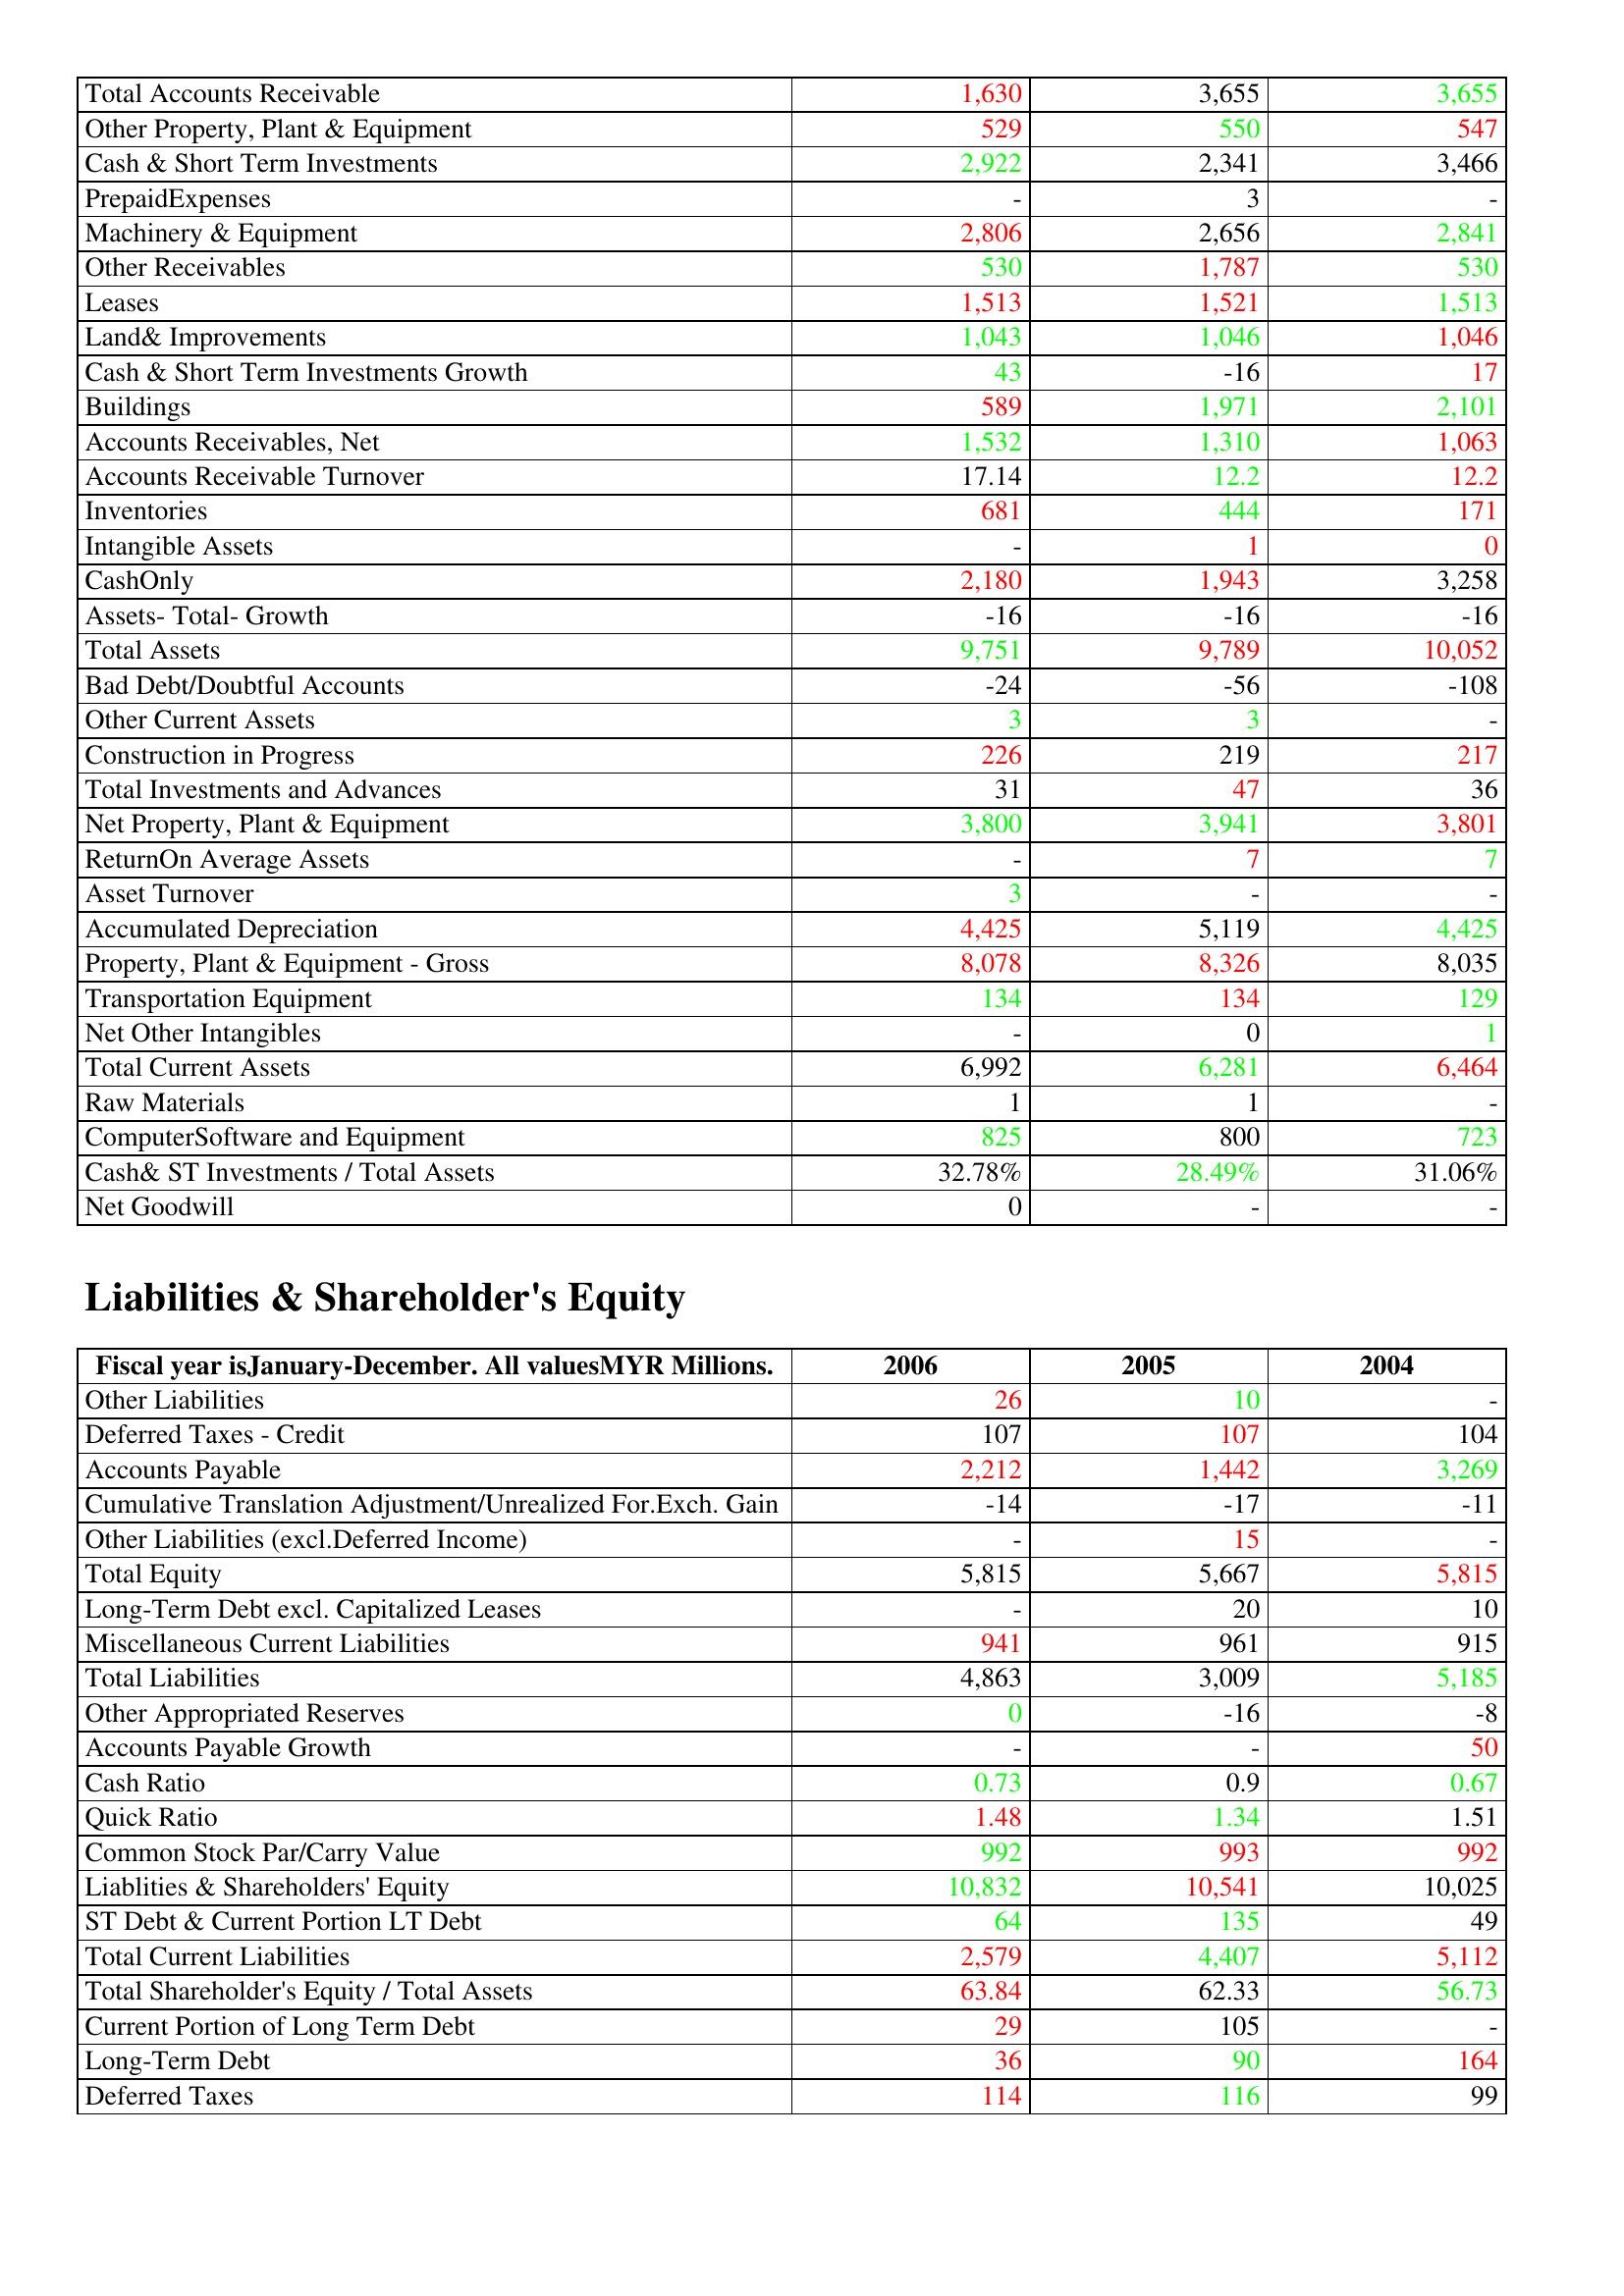
gt_parse: 2006: Assets: Total Accounts Receivable: 1,630
Other Property, Plant & Equipment: 529
Cash & Short Term Investments: 2,922
PrepaidExpenses: -
Machinery & Equipment: 2,806
Other Receivables: 530
Leases: 1,513
Land& Improvements: 1,043
Cash & Short Term Investments Growth: 43
Buildings: 589
Accounts Receivables, Net: 1,532
Accounts Receivable Turnover: 17.14
Inventories: 681
Intangible Assets: -
CashOnly: 2,180
Assets- Total- Growth: -16
Total Assets: 9,751
Bad Debt/Doubtful Accounts: -24
Other Current Assets: 3
Construction in Progress: 226
Total Investments and Advances: 31
Net Property, Plant & Equipment: 3,800
ReturnOn Average Assets: -
Asset Turnover: 3
Accumulated Depreciation: 4,425
Property, Plant & Equipment - Gross : 8,078
Transportation Equipment: 134
Net Other Intangibles: -
Total Current Assets: 6,992
Raw Materials: 1
ComputerSoftware and Equipment: 825
Cash& ST Investments / Total Assets: 32.78%
Net Goodwill: 0
Liabilities & Shareholder's Equity: Other Liabilities: 26
Deferred Taxes - Credit: 107
Accounts Payable: 2,212
Cumulative Translation Adjustment/Unrealized For.Exch. Gain: -14
Other Liabilities (excl.Deferred Income): -
Total Equity: 5,815
Long-Term Debt excl. Capitalized Leases: -
Miscellaneous Current Liabilities: 941
Total Liabilities: 4,863
Other Appropriated Reserves: 0
Accounts Payable Growth: -
Cash Ratio: 0.73
Quick Ratio: 1.48
Common Stock Par/Carry Value: 992
Liablities & Shareholders' Equity: 10,832
ST Debt & Current Portion LT Debt: 64
Total Current Liabilities: 2,579
Total Shareholder's Equity / Total Assets: 63.84
Current Portion of Long Term Debt: 29
Long-Term Debt: 36
Deferred Taxes: 114
2005: Assets: Total Accounts Receivable: 3,655
Other Property, Plant & Equipment: 550
Cash & Short Term Investments: 2,341
PrepaidExpenses: 3
Machinery & Equipment: 2,656
Other Receivables: 1,787
Leases: 1,521
Land& Improvements: 1,046
Cash & Short Term Investments Growth: -16
Buildings: 1,971
Accounts Receivables, Net: 1,310
Accounts Receivable Turnover: 12.2
Inventories: 444
Intangible Assets: 1
CashOnly: 1,943
Assets- Total- Growth: -16
Total Assets: 9,789
Bad Debt/Doubtful Accounts: -56
Other Current Assets: 3
Construction in Progress: 219
Total Investments and Advances: 47
Net Property, Plant & Equipment: 3,941
ReturnOn Average Assets: 7
Asset Turnover: -
Accumulated Depreciation: 5,119
Property, Plant & Equipment - Gross : 8,326
Transportation Equipment: 134
Net Other Intangibles: 0
Total Current Assets: 6,281
Raw Materials: 1
ComputerSoftware and Equipment: 800
Cash& ST Investments / Total Assets: 28.49%
Net Goodwill: -
Liabilities & Shareholder's Equity: Other Liabilities: 10
Deferred Taxes - Credit: 107
Accounts Payable: 1,442
Cumulative Translation Adjustment/Unrealized For.Exch. Gain: -17
Other Liabilities (excl.Deferred Income): 15
Total Equity: 5,667
Long-Term Debt excl. Capitalized Leases: 20
Miscellaneous Current Liabilities: 961
Total Liabilities: 3,009
Other Appropriated Reserves: -16
Accounts Payable Growth: -
Cash Ratio: 0.9
Quick Ratio: 1.34
Common Stock Par/Carry Value: 993
Liablities & Shareholders' Equity: 10,541
ST Debt & Current Portion LT Debt: 135
Total Current Liabilities: 4,407
Total Shareholder's Equity / Total Assets: 62.33
Current Portion of Long Term Debt: 105
Long-Term Debt: 90
Deferred Taxes: 116
2004: Assets: Total Accounts Receivable: 3,655
Other Property, Plant & Equipment: 547
Cash & Short Term Investments: 3,466
PrepaidExpenses: -
Machinery & Equipment: 2,841
Other Receivables: 530
Leases: 1,513
Land& Improvements: 1,046
Cash & Short Term Investments Growth: 17
Buildings: 2,101
Accounts Receivables, Net: 1,063
Accounts Receivable Turnover: 12.2
Inventories: 171
Intangible Assets: 0
CashOnly: 3,258
Assets- Total- Growth: -16
Total Assets: 10,052
Bad Debt/Doubtful Accounts: -108
Other Current Assets: -
Construction in Progress: 217
Total Investments and Advances: 36
Net Property, Plant & Equipment: 3,801
ReturnOn Average Assets: 7
Asset Turnover: -
Accumulated Depreciation: 4,425
Property, Plant & Equipment - Gross : 8,035
Transportation Equipment: 129
Net Other Intangibles: 1
Total Current Assets: 6,464
Raw Materials: -
ComputerSoftware and Equipment: 723
Cash& ST Investments / Total Assets: 31.06%
Net Goodwill: -
Liabilities & Shareholder's Equity: Other Liabilities: -
Deferred Taxes - Credit: 104
Accounts Payable: 3,269
Cumulative Translation Adjustment/Unrealized For.Exch. Gain: -11
Other Liabilities (excl.Deferred Income): -
Total Equity: 5,815
Long-Term Debt excl. Capitalized Leases: 10
Miscellaneous Current Liabilities: 915
Total Liabilities: 5,185
Other Appropriated Reserves: -8
Accounts Payable Growth: 50
Cash Ratio: 0.67
Quick Ratio: 1.51
Common Stock Par/Carry Value: 992
Liablities & Shareholders' Equity: 10,025
ST Debt & Current Portion LT Debt: 49
Total Current Liabilities: 5,112
Total Shareholder's Equity / Total Assets: 56.73
Current Portion of Long Term Debt: -
Long-Term Debt: 164
Deferred Taxes: 99